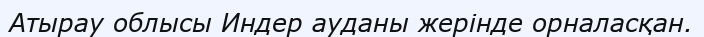
Атырау облысы Индер ауданы жерінде орналасқан.